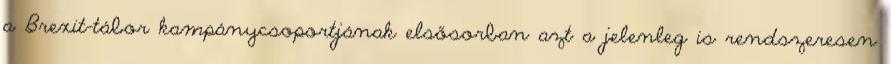
a Brexit-tábor kampánycsoportjának elsősorban azt a jelenleg is rendszeresen